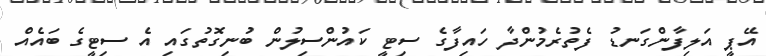
އޭޕީ އަލިފާންގަނޑު ފެތުރެމުންދާ ހައިފާގެ ސިޓީ ކައުންސިލުން ބުނިގޮތުގައި އެ ސިޓީގެ ބައެއް